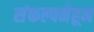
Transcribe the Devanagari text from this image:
संकल्पनेहून